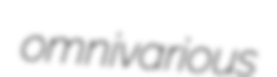
omnivarious